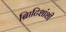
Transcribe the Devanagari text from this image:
ब्रिाटिशांशी